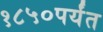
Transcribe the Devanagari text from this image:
१८५०पर्यंत